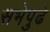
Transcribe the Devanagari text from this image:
सभेपुढे